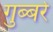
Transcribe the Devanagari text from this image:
गुब्बरे